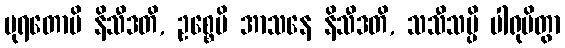
ပုရတောပိ နိသီဒတိ, ဥစ္စေပိ အာသနေ နိသီဒတိ, သသီသမ္ပိ ပါရုပိတွာ